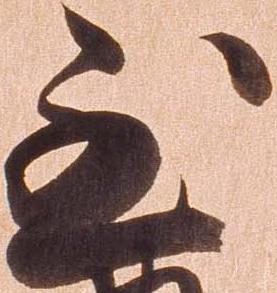
至